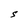
Character: S